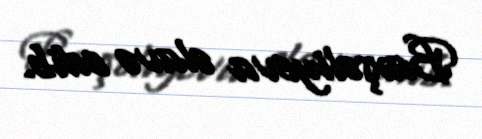
Baxşəliyeva əlavə edib.